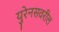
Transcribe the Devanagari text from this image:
युरेनसवरील